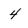
Character: 4